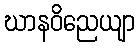
ဃာနဝိညေယျာ